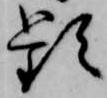
頻